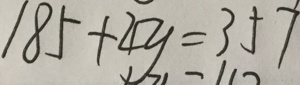
1 8 5 + 4 y = 3 5 7